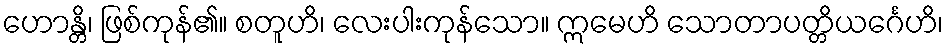
ဟောန္တိ၊ ဖြစ်ကုန်၏။ စတူဟိ၊ လေးပါးကုန်သော။ ဣမေဟိ သောတာပတ္တိယင်္ဂေဟိ၊